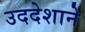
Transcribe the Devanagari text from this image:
उददेशाने